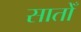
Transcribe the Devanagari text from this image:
सातोँ